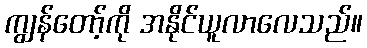
ကျွန်တော့်ကို အနိုင်ယူလာလေသည်။